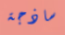
ساذجة